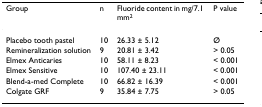
<table><thead><tr><td><b>Group</b></td><td><b>n</b></td><td><b>Fluoride content in mg/7.1 mm<sup>2</sup></b></td><td><b>P value</b></td></tr></thead><tbody><tr><td>Placebo tooth pastel</td><td>10</td><td>26.33 ± 5.12</td><td>Ø</td></tr><tr><td>Remineralization solution</td><td>9</td><td>20.81 ± 3.42</td><td>&gt; 0.05</td></tr><tr><td>Elmex Anticaries</td><td>10</td><td>58.11 ± 8.23</td><td>&lt; 0.001</td></tr><tr><td>Elmex Sensitive</td><td>10</td><td>107.40 ± 23.11</td><td>&lt; 0.001</td></tr><tr><td>Blend-a-med Complete</td><td>10</td><td>66.82 ± 16.39</td><td>&lt; 0.001</td></tr><tr><td>Colgate GRF</td><td>9</td><td>35.84 ± 7.75</td><td>&gt; 0.05</td></tr></tbody></table>